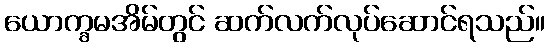
ယောက္ခမအိမ်တွင် ဆက်လက်လုပ်ဆောင်ရသည်။